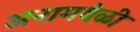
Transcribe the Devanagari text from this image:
अनामवेळी